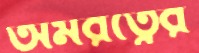
অমরত্বের